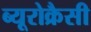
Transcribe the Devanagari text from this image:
ब्यूरोक्रैसी